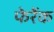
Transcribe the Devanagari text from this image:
फेरेंक